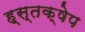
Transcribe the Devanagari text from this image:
ह्स्तक्षेप